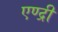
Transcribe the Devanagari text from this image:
एण्द्री